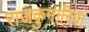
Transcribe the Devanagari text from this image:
राजकुमारियां